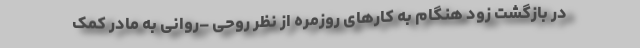
در بازگشت زود هنگام به کارهای روزمره از نظر روحی –روانی به مادر کمک